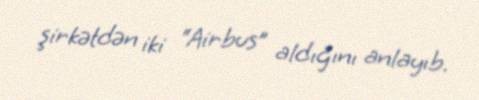
şirkətdən iki “Airbus” aldığını anlayıb.